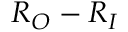
R _ { O } - R _ { I }